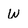
Character: W